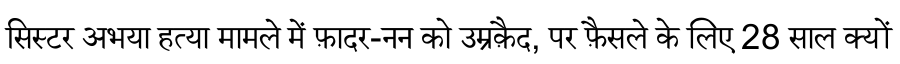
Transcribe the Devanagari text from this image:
सिस्टर अभया हत्या मामले में फ़ादर-नन को उम्रक़ैद, पर फ़ैसले के लिए 28 साल क्यों